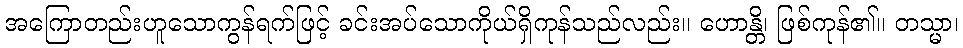
အကြောတည်းဟူသောကွန်ရက်ဖြင့် ခင်းအပ်သောကိုယ်ရှိကုန်သည်လည်း။ ဟောန္တိ၊ ဖြစ်ကုန်၏။ တသ္မာ၊